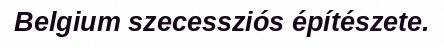
Belgium szecessziós építészete.